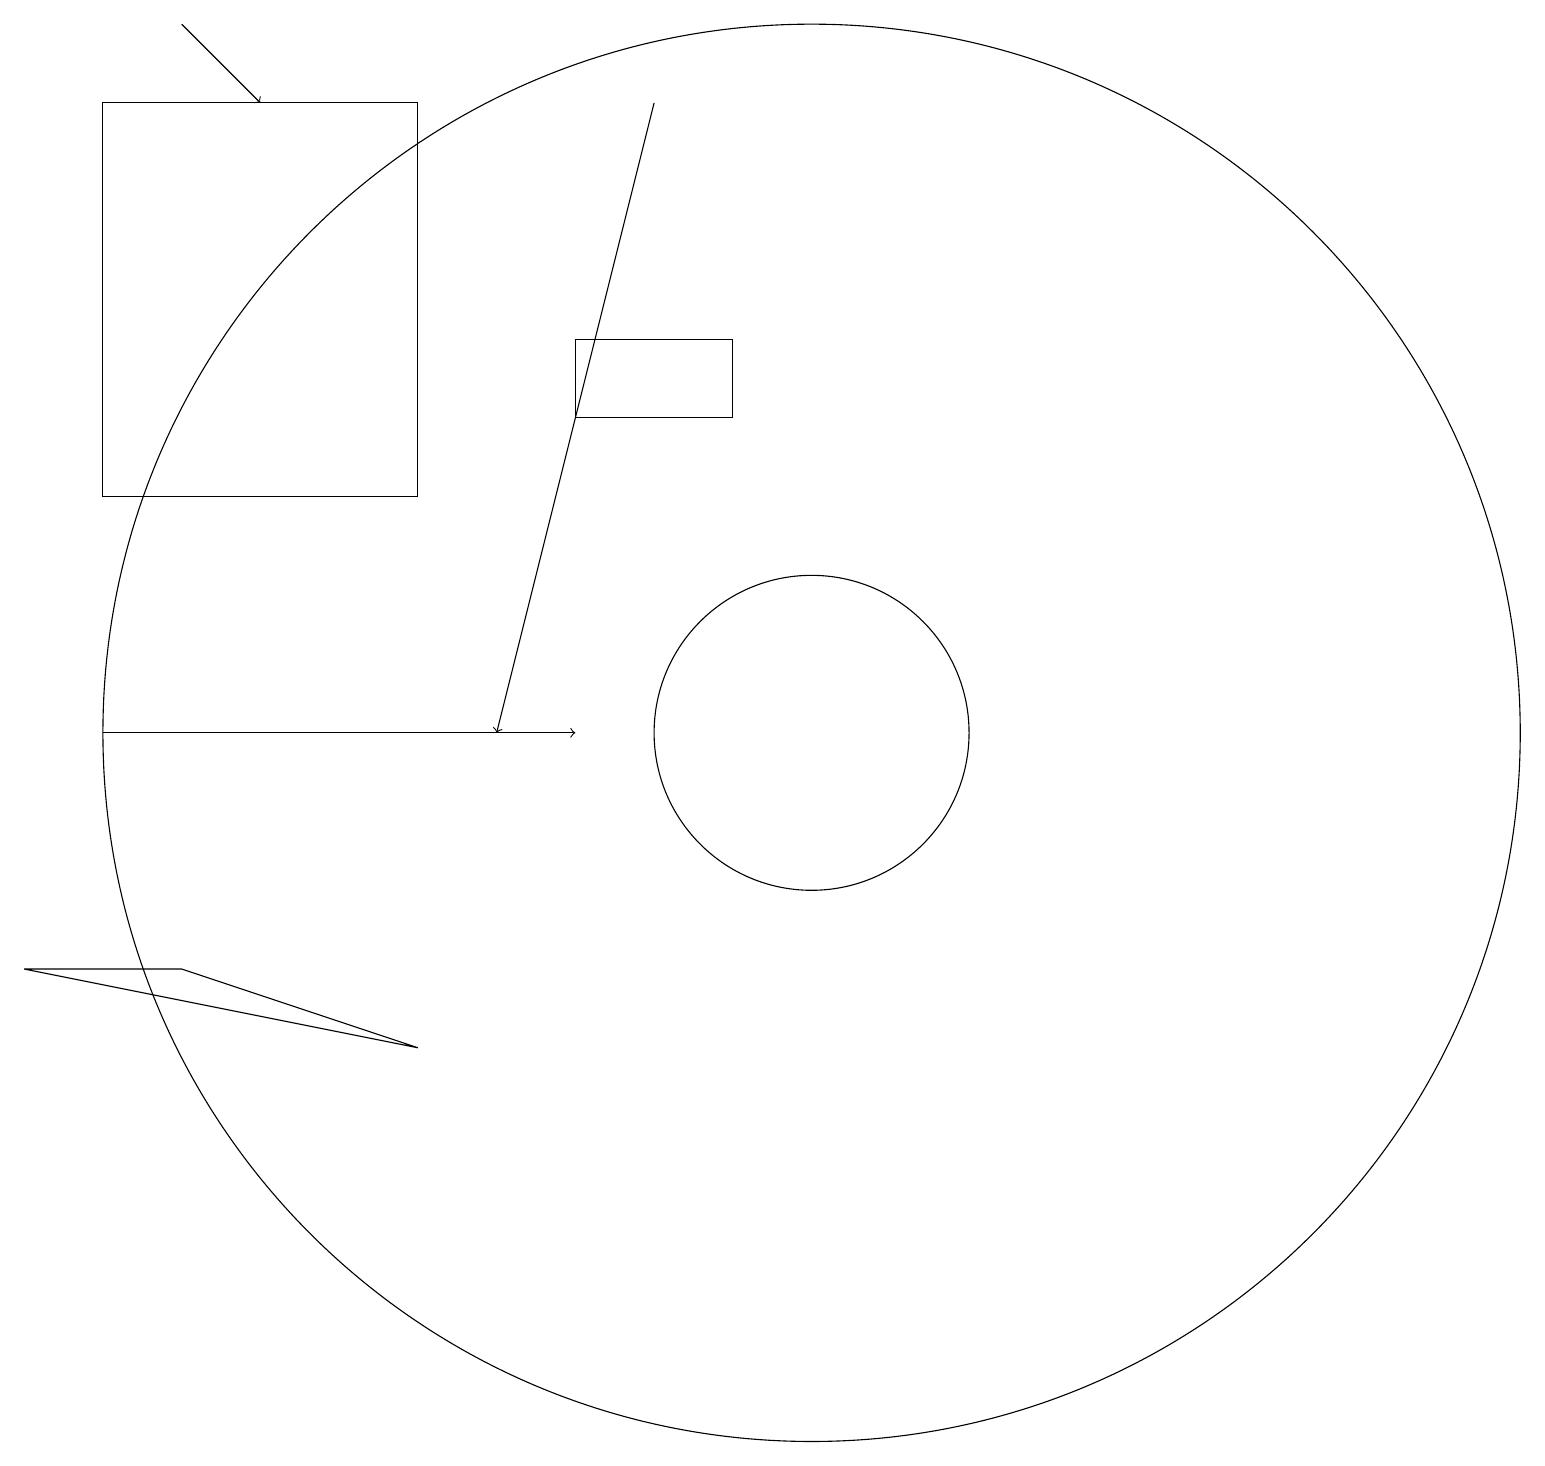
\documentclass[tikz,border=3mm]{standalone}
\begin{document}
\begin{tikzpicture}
\draw[->] (8,18) -- (6,10);
\draw (5,6) -- (2,7) -- (0,7) -- cycle;
\draw (5,18) rectangle (1,13);
\draw (10,10) circle (2);
\draw (7,15) rectangle (9,14);
\draw (10,10) circle (9);
\draw[->] (1,10) -- (7,10);
\draw[->] (2,19) -- (3,18);
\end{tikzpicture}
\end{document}